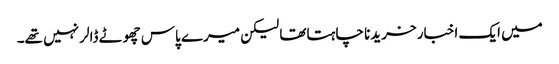
میں ایک اخبار خریدنا چاہتاتھا لیکن میرے پاس چھوٹے ڈالر نہیں تھے۔